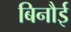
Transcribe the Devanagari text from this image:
बिनौई